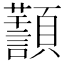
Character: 𩕸